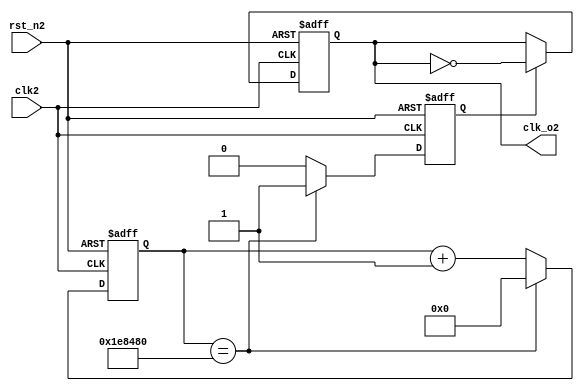
module clock_divider2 (clk2, rst_n2, clk_o2);

parameter DIV_CONST2      = 2000000;

reg tempClk2;

input clk2;
input rst_n2;

output reg clk_o2;

reg [31:0] div2;

reg en2;

always @ (posedge clk2 or negedge rst_n2)
begin
	
	if (!rst_n2)
	begin
		div2 <= 0;
		en2 <= 0;
	end	
	else
	begin
		if (div2 == DIV_CONST2)
		begin
			div2 <= 0;
			en2 <= 1;
		end
		else
		begin
			div2 <= div2 + 1;
			en2 <= 0;
		end
	end
end 
 

always @ (posedge clk2 or negedge rst_n2)
begin
if (!rst_n2)
begin
	clk_o2 <= 1'b0;
end
else if (en2)
	clk_o2 <= ~clk_o2;
end


endmodule